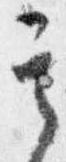
其